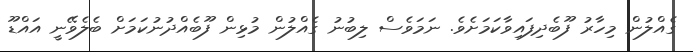
ގެއްލުން މިހާރު ފޫބެދިފައިވާކަމަށެވެ. ނަމަވެސް ލިބުނު ގެއްލުން މުޅިން ފޫބެއްދުނުކަމަށް ބެލެވޭނީ އައްޑޫ